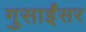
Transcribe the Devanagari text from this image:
गुसाईंसर